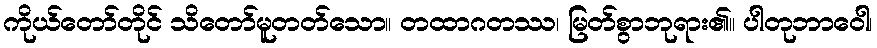
ကိုယ်တော်တိုင် သိတော်မူတတ်သော။ တထာဂတဿ၊ မြတ်စွာဘုရား၏။ ပါတုဘာဝေါ၊